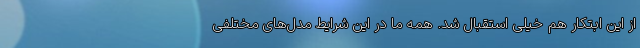
از این ابتکار هم خیلی استقبال شد. همه ما در این شرایط مدل‌های مختلفی